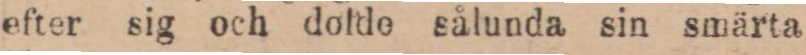
efter sig och dolde sålunda sin smärta